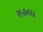
રાહલા